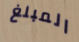
المبلغ